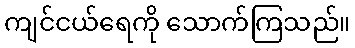
ကျင်ငယ်ရေကို သောက်ကြသည်။